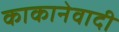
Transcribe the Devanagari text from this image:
काकानेवादी